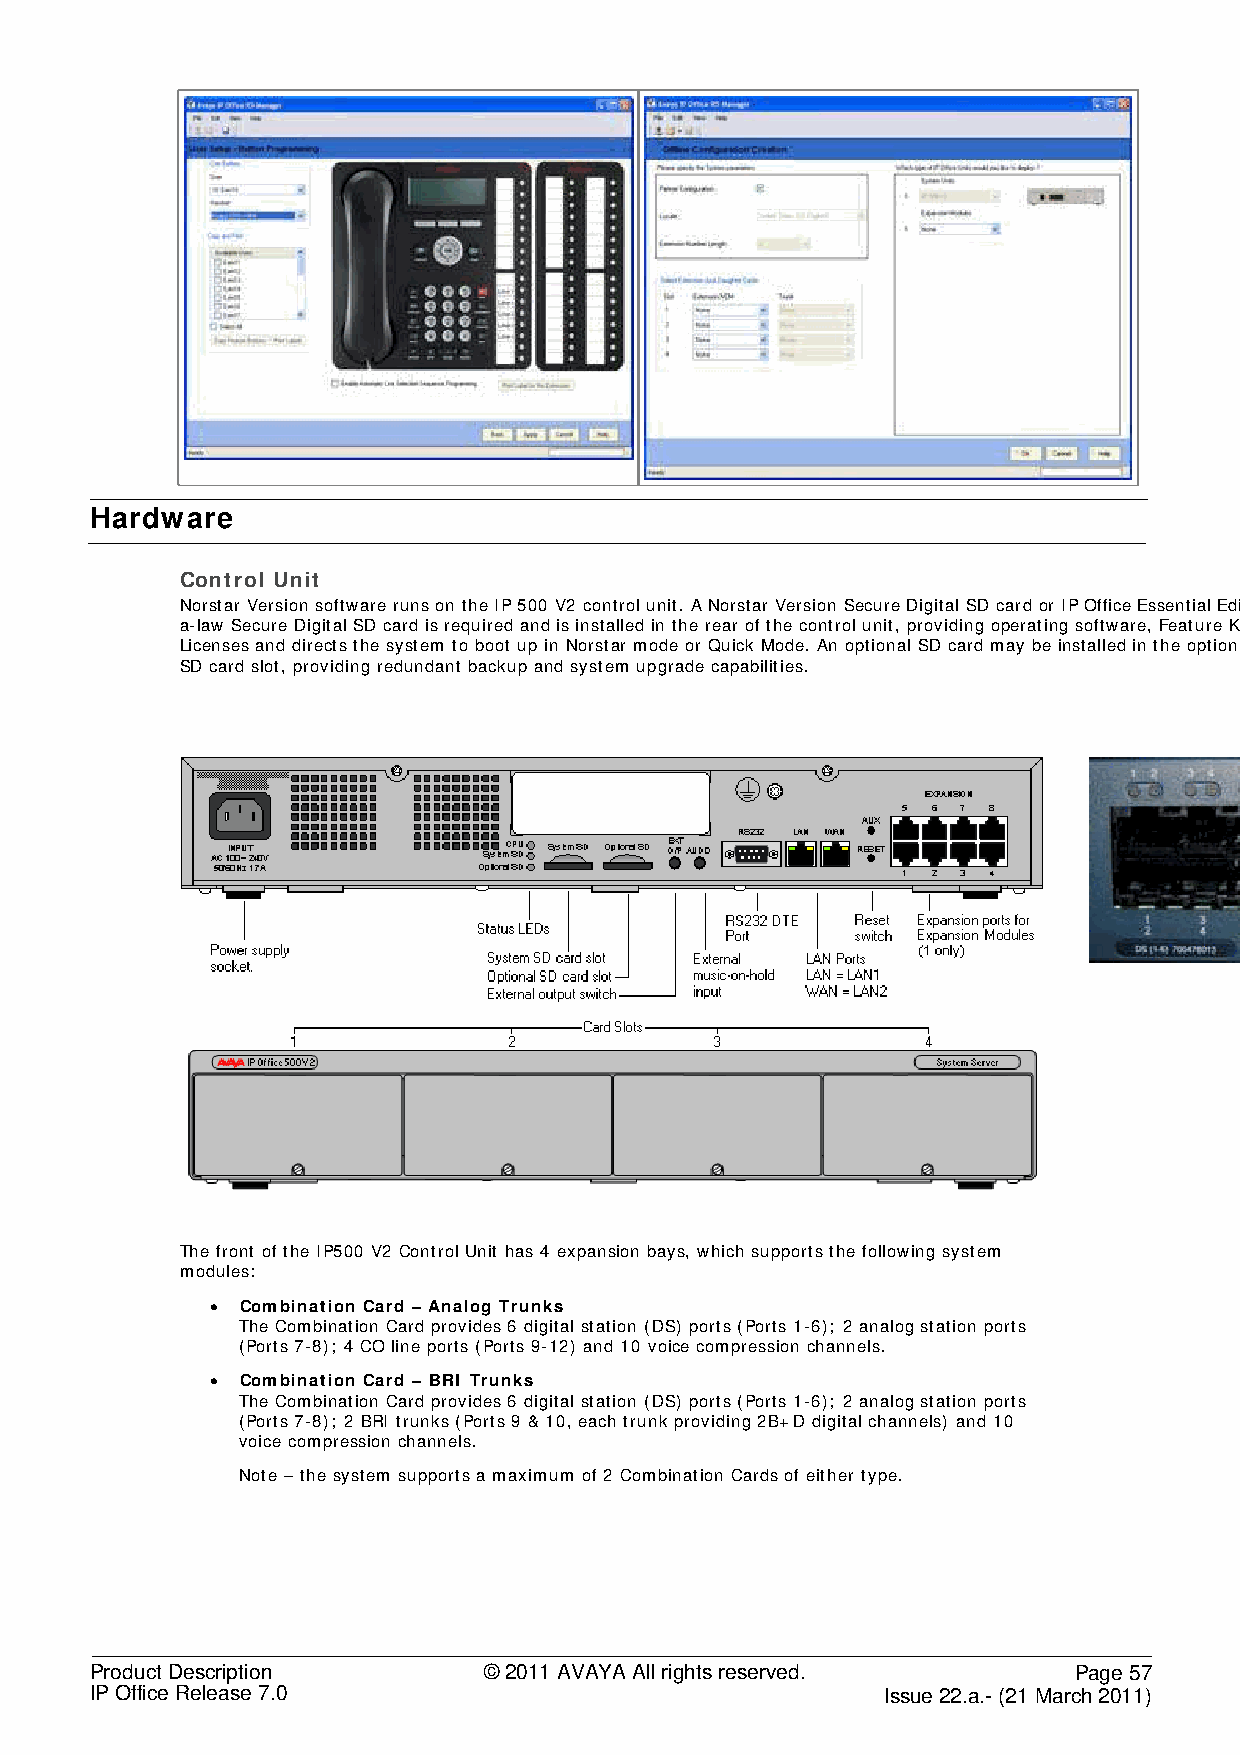
Hardware
 Control Unit
 Norstar Version software runs on the IP 500 V2 control unit. A Norstar Version Secure Digital SD card or IP Office Essential Edition
 a-law Secure Digital SD card is required and is installed in the rear of the control unit, providing operating software, Feature Key,
 Licenses and directs the system to boot up in Norstar mode or Quick Mode. An optional SD card may be installed in the optional
 SD card slot, providing redundant backup and system upgrade capabilities.
 The front of the IP500 V2 Control Unit has 4 expansion bays, which supports the following system
 modules:
 • Combination Card – Analog Trunks
 The Combination Card provides 6 digital station (DS) ports (Ports 1-6); 2 analog station ports
 (Ports 7-8); 4 CO line ports (Ports 9-12) and 10 voice compression channels.
 • Combination Card – BRI Trunks
 The Combination Card provides 6 digital station (DS) ports (Ports 1-6); 2 analog station ports
 (Ports 7-8); 2 BRI trunks (Ports 9 & 10, each trunk providing 2B+D digital channels) and 10
 voice compression channels.
 Note – the system supports a maximum of 2 Combination Cards of either type.
 Product Description       © 2011 AVAYA All rights reserved.      Page 57
 IP Office Release 7.0                                Issue 22.a.- (21 March 2011)